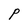
Character: P